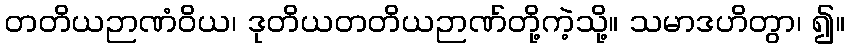
တတိယဉာဏံဝိယ၊ ဒုတိယတတိယဉာဏ်တို့ကဲ့သို့။ သမာဒဟိတွာ၊ ၍။